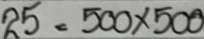
25 = 500 x 500